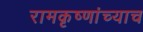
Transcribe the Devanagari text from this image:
रामकृष्णांच्याच